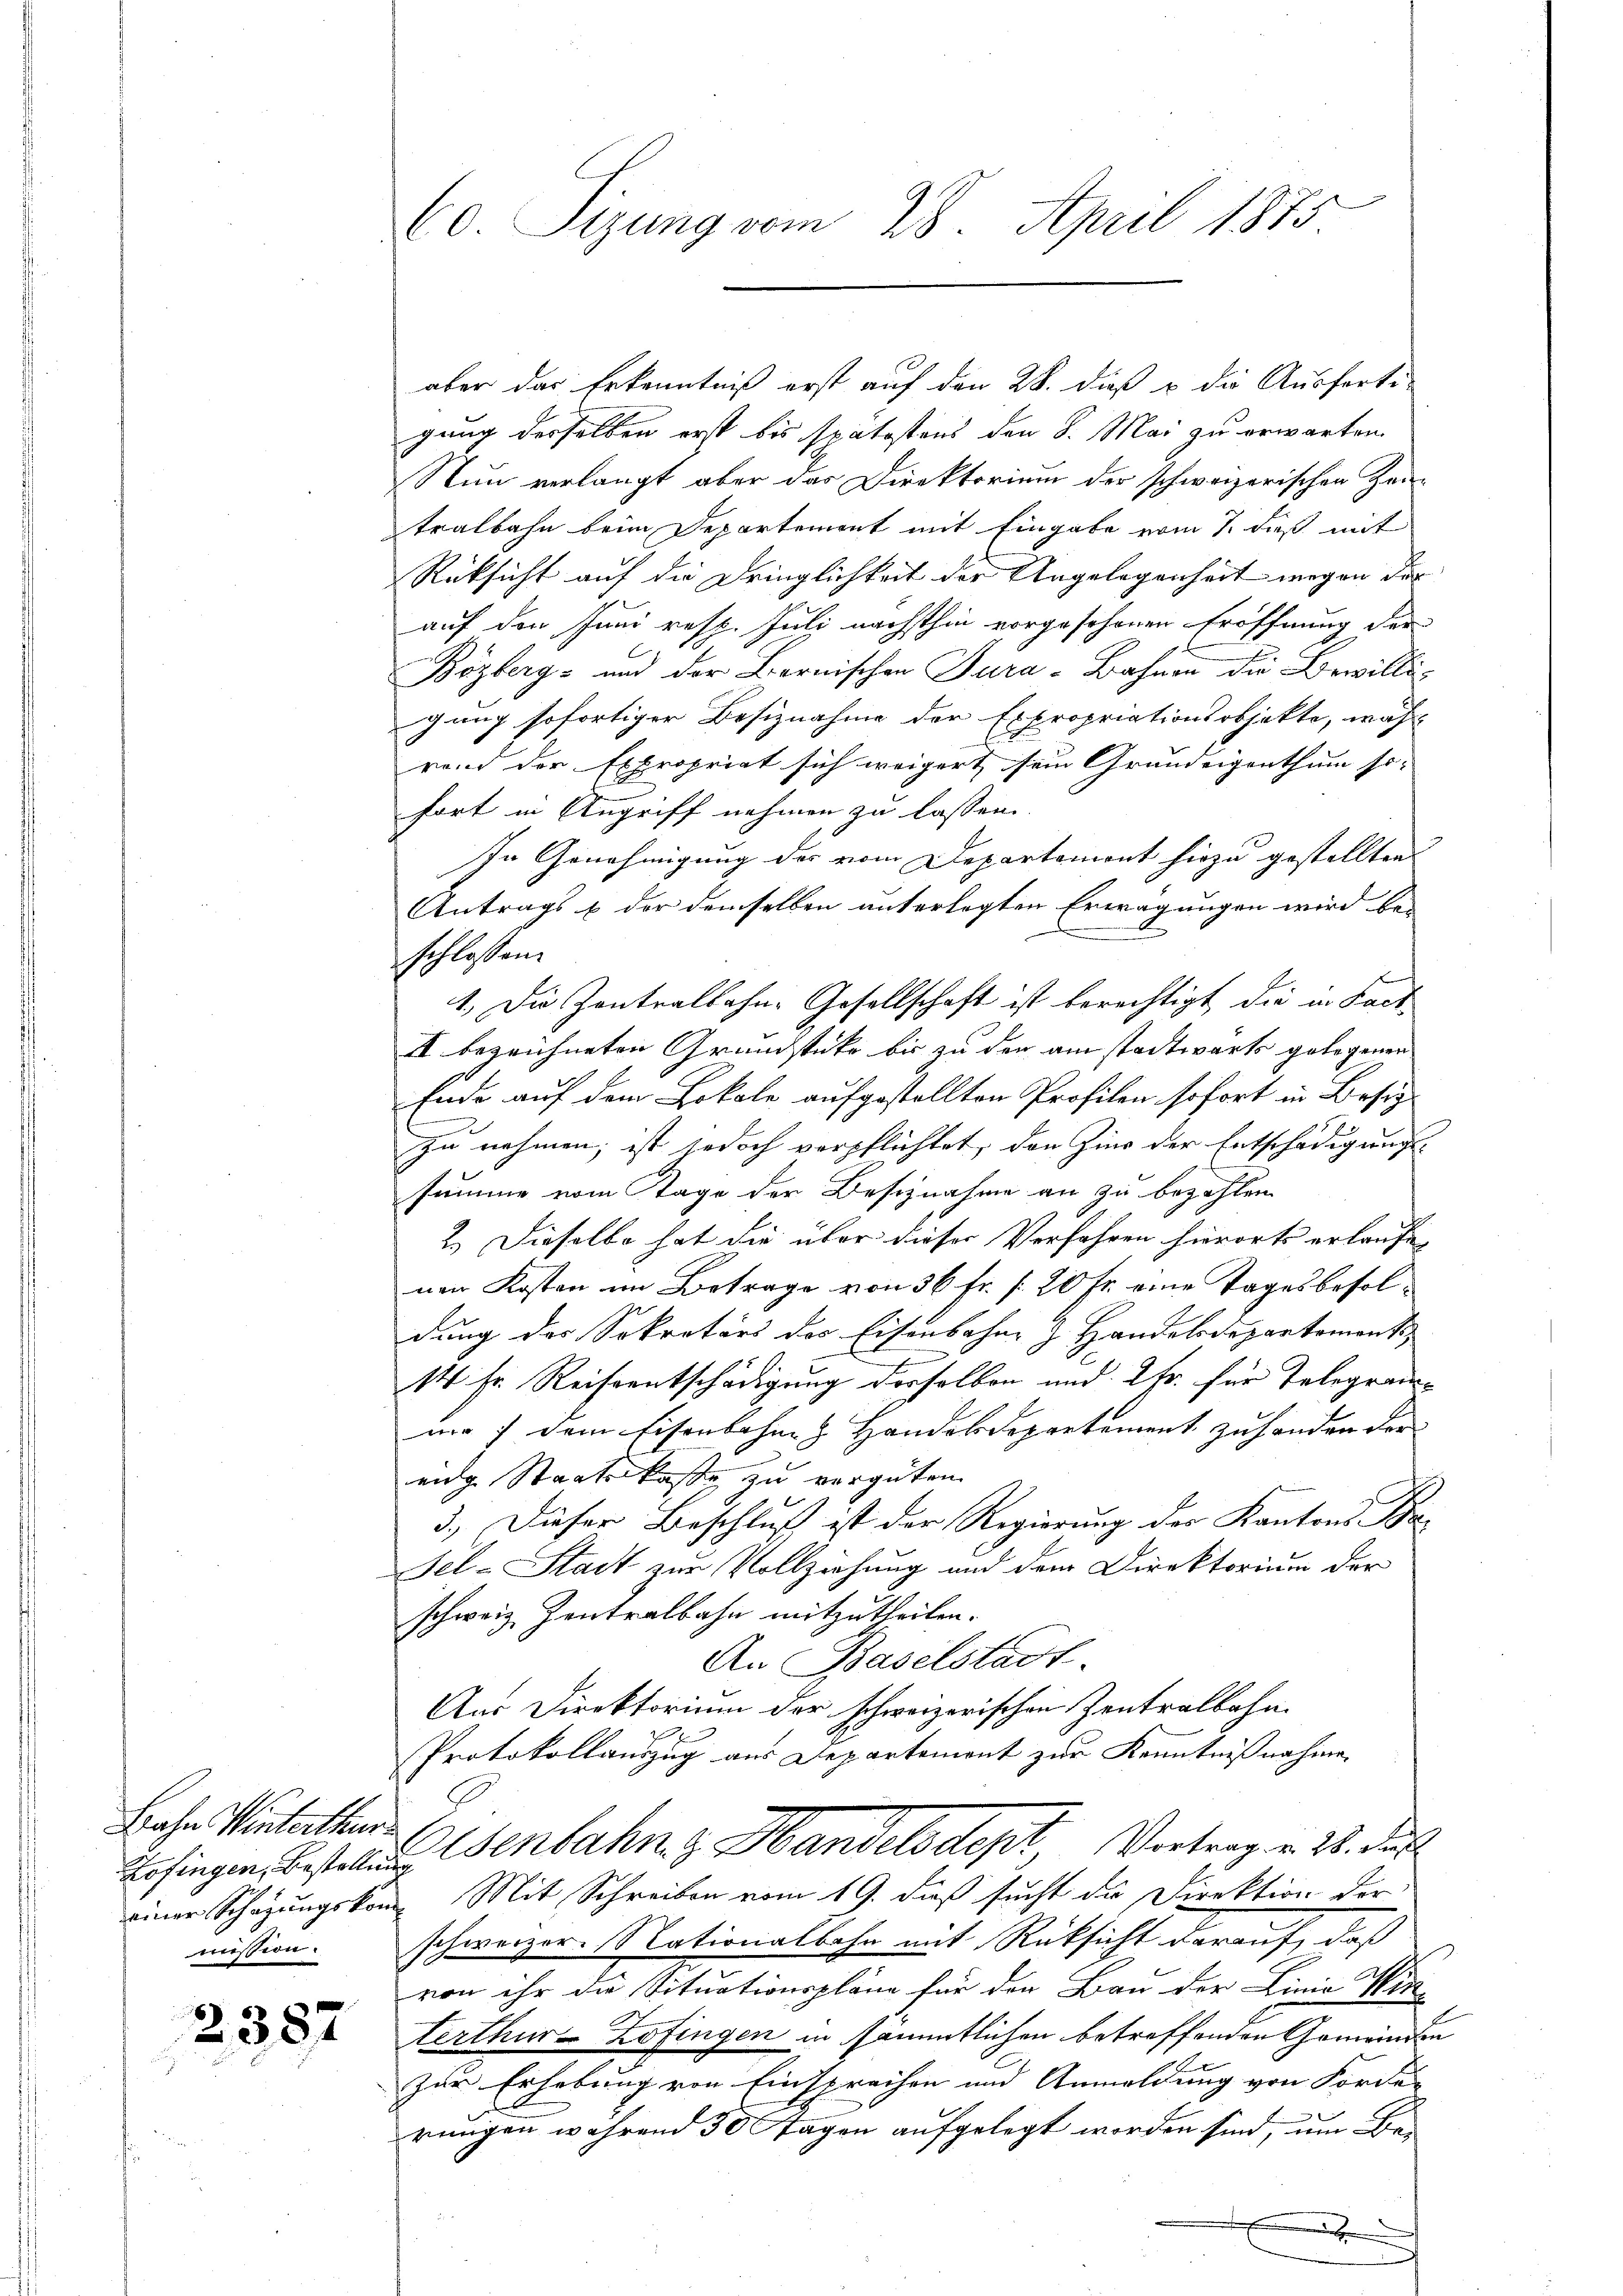
Bahn Winterthur.
mission.

2387

aber das Erkenntniß erst auf den 28. dieß & die Ausferti-
gung derselben erst bis spätestens den 8. Mai zu erwarten.
Nun verlangt aber das Direktorium der schweizerischen Zeitralbahn beim Departement mit Eingabe vom 7. dieß mit
Rüksicht auf die Dringlichkeit der Angelegenheit wegen der
auf den Juni resp. Juli nächsthin vorgeschenen Eröffnung der
Bözberg- und der Bernischen Tura-Bahnen die Bewilligung sofortiger Besiznahme der Expropriationsobjekte, wäh-
rend der Expropriat sich weigert sein Grundeigenthum so- |
fort in Angriff nehmen zu lassen.
In Genehmigung des vom Departemont hiezu gestellten
Antrags & der demselben unterlegten Erwägungen wird be-
schlossen.
1. Die Zentralbahn-Gesellschaft ist berechtigt, die in Fact
II bezeichneten Grundstücke bis zu der am stadtwärts gelegenen
Ende auf dem Lokale aufgestellten Profilen sofort in Besiz
zu nehmen; ist jedoch verpflichtet, den Zins der Entschädigungs-
summe vom Tage der Beschnahme an zu bezahlen
2.) Dieselbe hat die über dieser Verfahren hierorts erlaufe,
nen Kosten im Betrage von 36 fr. f. 20 fr. eine Tagesbesoldung des Sekretärs des Eisenbahne z. Handelsdepartements,
14 Fr. Reiseentschädigung derselben und 2 fr. für Telegramum 7 dem Eisenbahn & Handelsdepartement zu handen der
eidg. Staatskasse zu vergüten.
3.) Dieser Beschluß ist der Regierung der Kantons Ba¬
Fel-Stadt zur Vollziehung und dem Direktorium der
schweiz Zentralbahn mitzutheilen.
An Baselstadt.
Aus Direktorium der schweizerischen Zentralbahn.
2
Protokollauszug aus Departemont zur Kenntnißnahme
E
Erfingen Bestellung enbahn, z. Handelsdept Vortrag v. 28. Ju
einer Schazungskom Mit Schreiben vom 19. dieß sucht die Direktion der
schweizer. Nationalbahn mit Rücksicht darauf, daß
von ihr die Situationspläne für den Bau der Linie Win-
terthur Zofingen in sämmtlichen betreffenden Gemeinden
zur Erhebung von Einsprechen und Anmeldung von Forde- |
rungen während 30 Tagen aufgelegt worden sind, um Be-
x

60. Sigung vom 28. April 1875